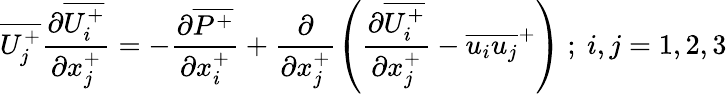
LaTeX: \overline{{U_{j}^{+}}}\frac{\partial\overline{{U_{i}^{+}}}}{\partial x_{j}^{+}}=-\frac{\partial\overline{{P^{+}}}}{\partial x_{i}^{+}}+\frac{\partial}{\partial x_{j}^{+}}\left(\frac{\partial\overline{{U_{i}^{+}}}}{\partial x_{j}^{+}}-\overline{{u_{i}u_{j}}}^{+}\right)~;~i,j=1,2,3